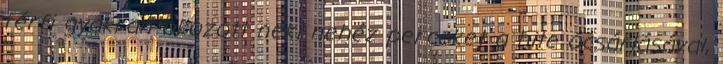
férfi gyakran okozott neki nehéz perceket a hite ócsárlásával,